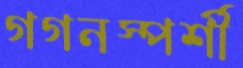
গগনস্পর্শী